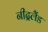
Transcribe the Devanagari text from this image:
नीद्रलैंड